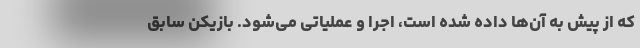
که از پیش به آن‌ها داده شده است، اجرا و عملیاتی می‌شود. بازیکن سابق